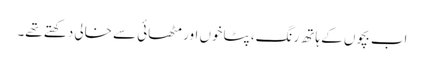
اب بچوں کے ہاتھ رنگ، پٹاخوں اور مٹھائی سے خالی دکھتے تھے۔